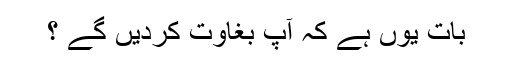
بات یوں ہے کہ آپ بغاوت کردیں گے ؟